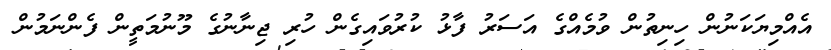
އެއްމިޔަކަނުން ހިނިތުން ވުމެއްގެ އަސަރު ފާޅު ކުރުވައިގެން ހުރި ޖިނާނުގެ މޫނުމަތީން ފެންނަމުން